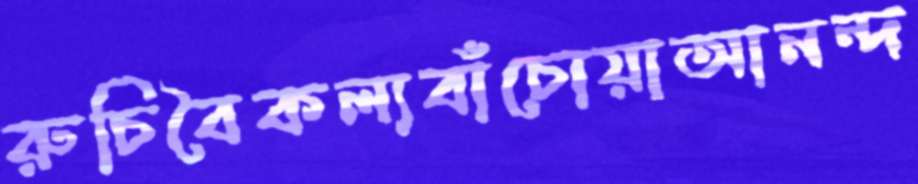
রুচিবৈকল্যবাঁচোয়াআনন্দ